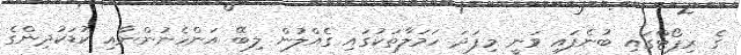
ގެ ރިޕޯޓްގައި ބުނެފައި ވަނީ މިފަދަ ހަމަލާތަކުގައި ގެއްލުން ލިބޭ އަންހެނުންނާއި ކުޑަކުދިންގެ